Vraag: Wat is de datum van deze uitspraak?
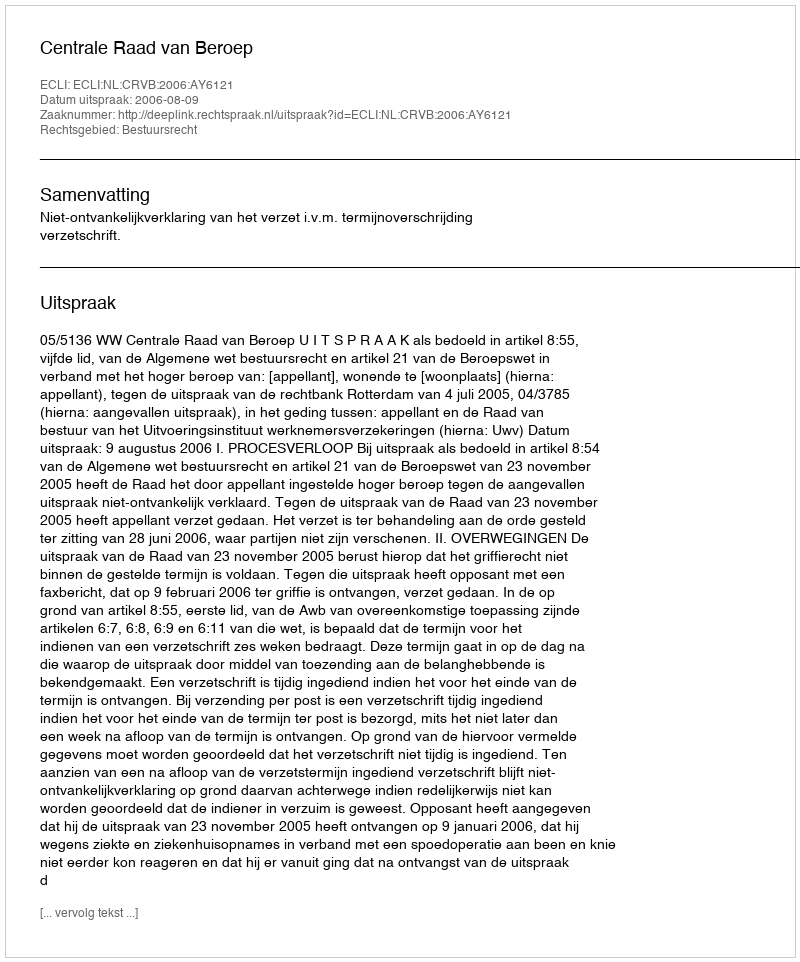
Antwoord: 2006-08-09